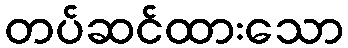
တပ်ဆင်ထားသော